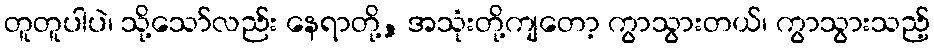
တူတူပါပဲ၊ သို့သော်လည်း နေရာတို့, အသုံးတို့ကျတော့ ကွာသွားတယ်၊ ကွာသွားသည့်